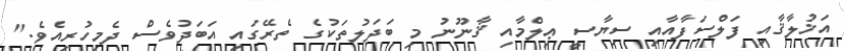
އަޚުލާޤާއި ފަލްސަފާއާއި ސިޔާސީ ޢިލްމާއި ޤާނޫނު މި ބަދަލުތަކުގެ ތެރޭގައި އަބަދުވެސް ދެމިހުރިއެވެ."